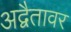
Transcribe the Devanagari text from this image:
अद्वैतावर